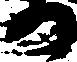
か